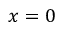
x = 0